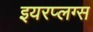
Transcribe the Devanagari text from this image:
इयरप्लग्स